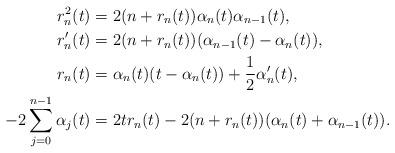
LaTeX: \begin{align*}r_n^2(t)&=2(n+r_n(t))\alpha_n(t)\alpha_{n-1}(t),\\r_n'(t)&=2(n+r_n(t))(\alpha_{n-1}(t)-\alpha_n(t)),\\r_n(t)&=\alpha_n(t)(t-\alpha_n(t))+\frac{1}{2}\alpha_n'(t),\\-2\sum\limits^{n-1}_{j=0}\alpha_j(t)&=2tr_n(t)-2(n+r_n(t))(\alpha_n(t)+\alpha_{n-1}(t)).\end{align*}